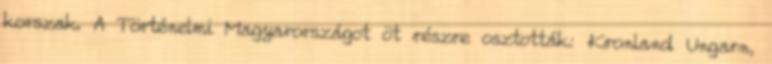
korszak. A Történelmi Magyarországot öt részre osztották: Kronland Ungarn,